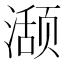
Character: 𬈾